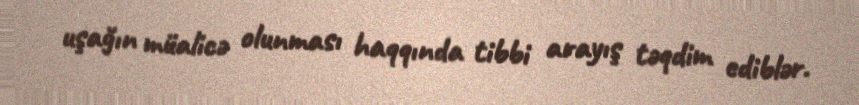
uşağın müalicə olunması haqqında tibbi arayış təqdim ediblər.